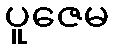
ပူဇေမ